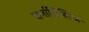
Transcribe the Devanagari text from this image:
जर्नालिस्टिक